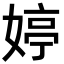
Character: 婷